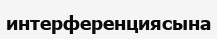
интерференциясына